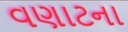
વણાટના